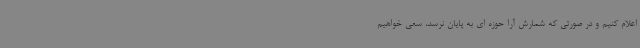
اعلام کنیم و در صورتی که شمارش آرا حوزه ای به پایان نرسد، سعی خواهیم